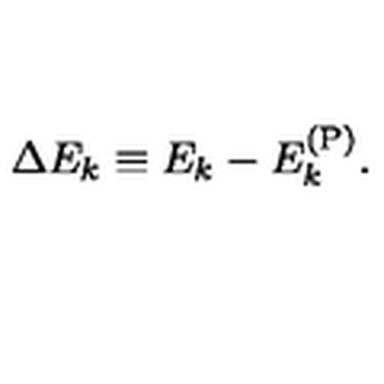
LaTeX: \Delta E _ { k } \equiv E _ { k } - E _ { k } ^ { ( \mathrm { P ) } } .